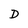
Character: D